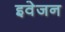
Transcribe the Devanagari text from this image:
इवेजन